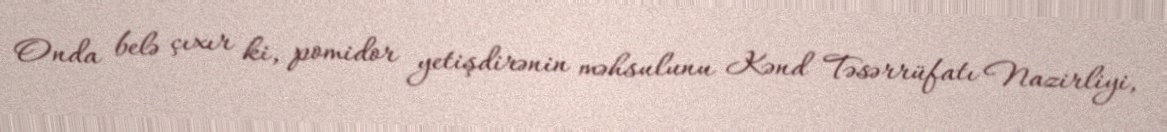
Onda belə çıxır ki, pomidor yetişdirənin məhsulunu Kənd Təsərrüfatı Nazirliyi,